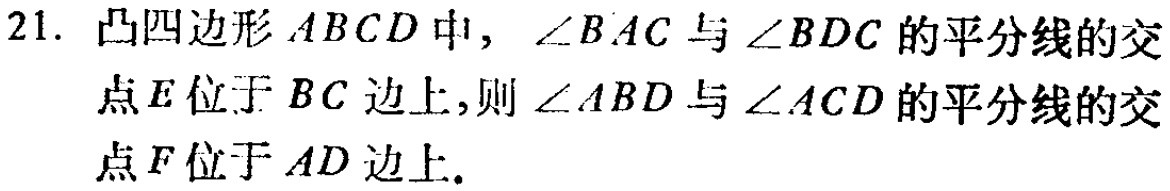
21. 凸四边形 \(ABCD\) 中，\(\angle BAC\) 与 \(\angle BDC\) 的平分线的交点 \(E\) 位于 \(BC\) 边上，则 \(\angle ABD\) 与 \(\angle ACD\) 的平分线的交点 \(F\) 位于 \(AD\) 边上.